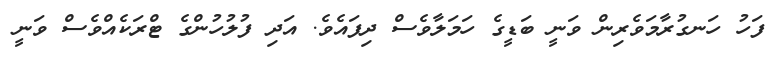
ފަހު ހަނގުރާމަވެރިން ވަނީ ބަޑީގެ ހަމަލާވެސް ދިފައެވެ. އަދި ފުލުހުންގެ ޓްރަކެއްވެސް ވަނީ